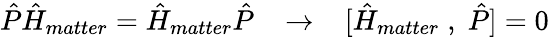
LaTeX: \hat{P}\hat{H}_{matter}=\hat{H}_{matter}\hat{P}\; \; \; \to\; \; \; [\hat{H}_{matter}\; ,\; \hat{P}]=0